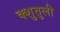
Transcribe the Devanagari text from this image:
क्शुतुली